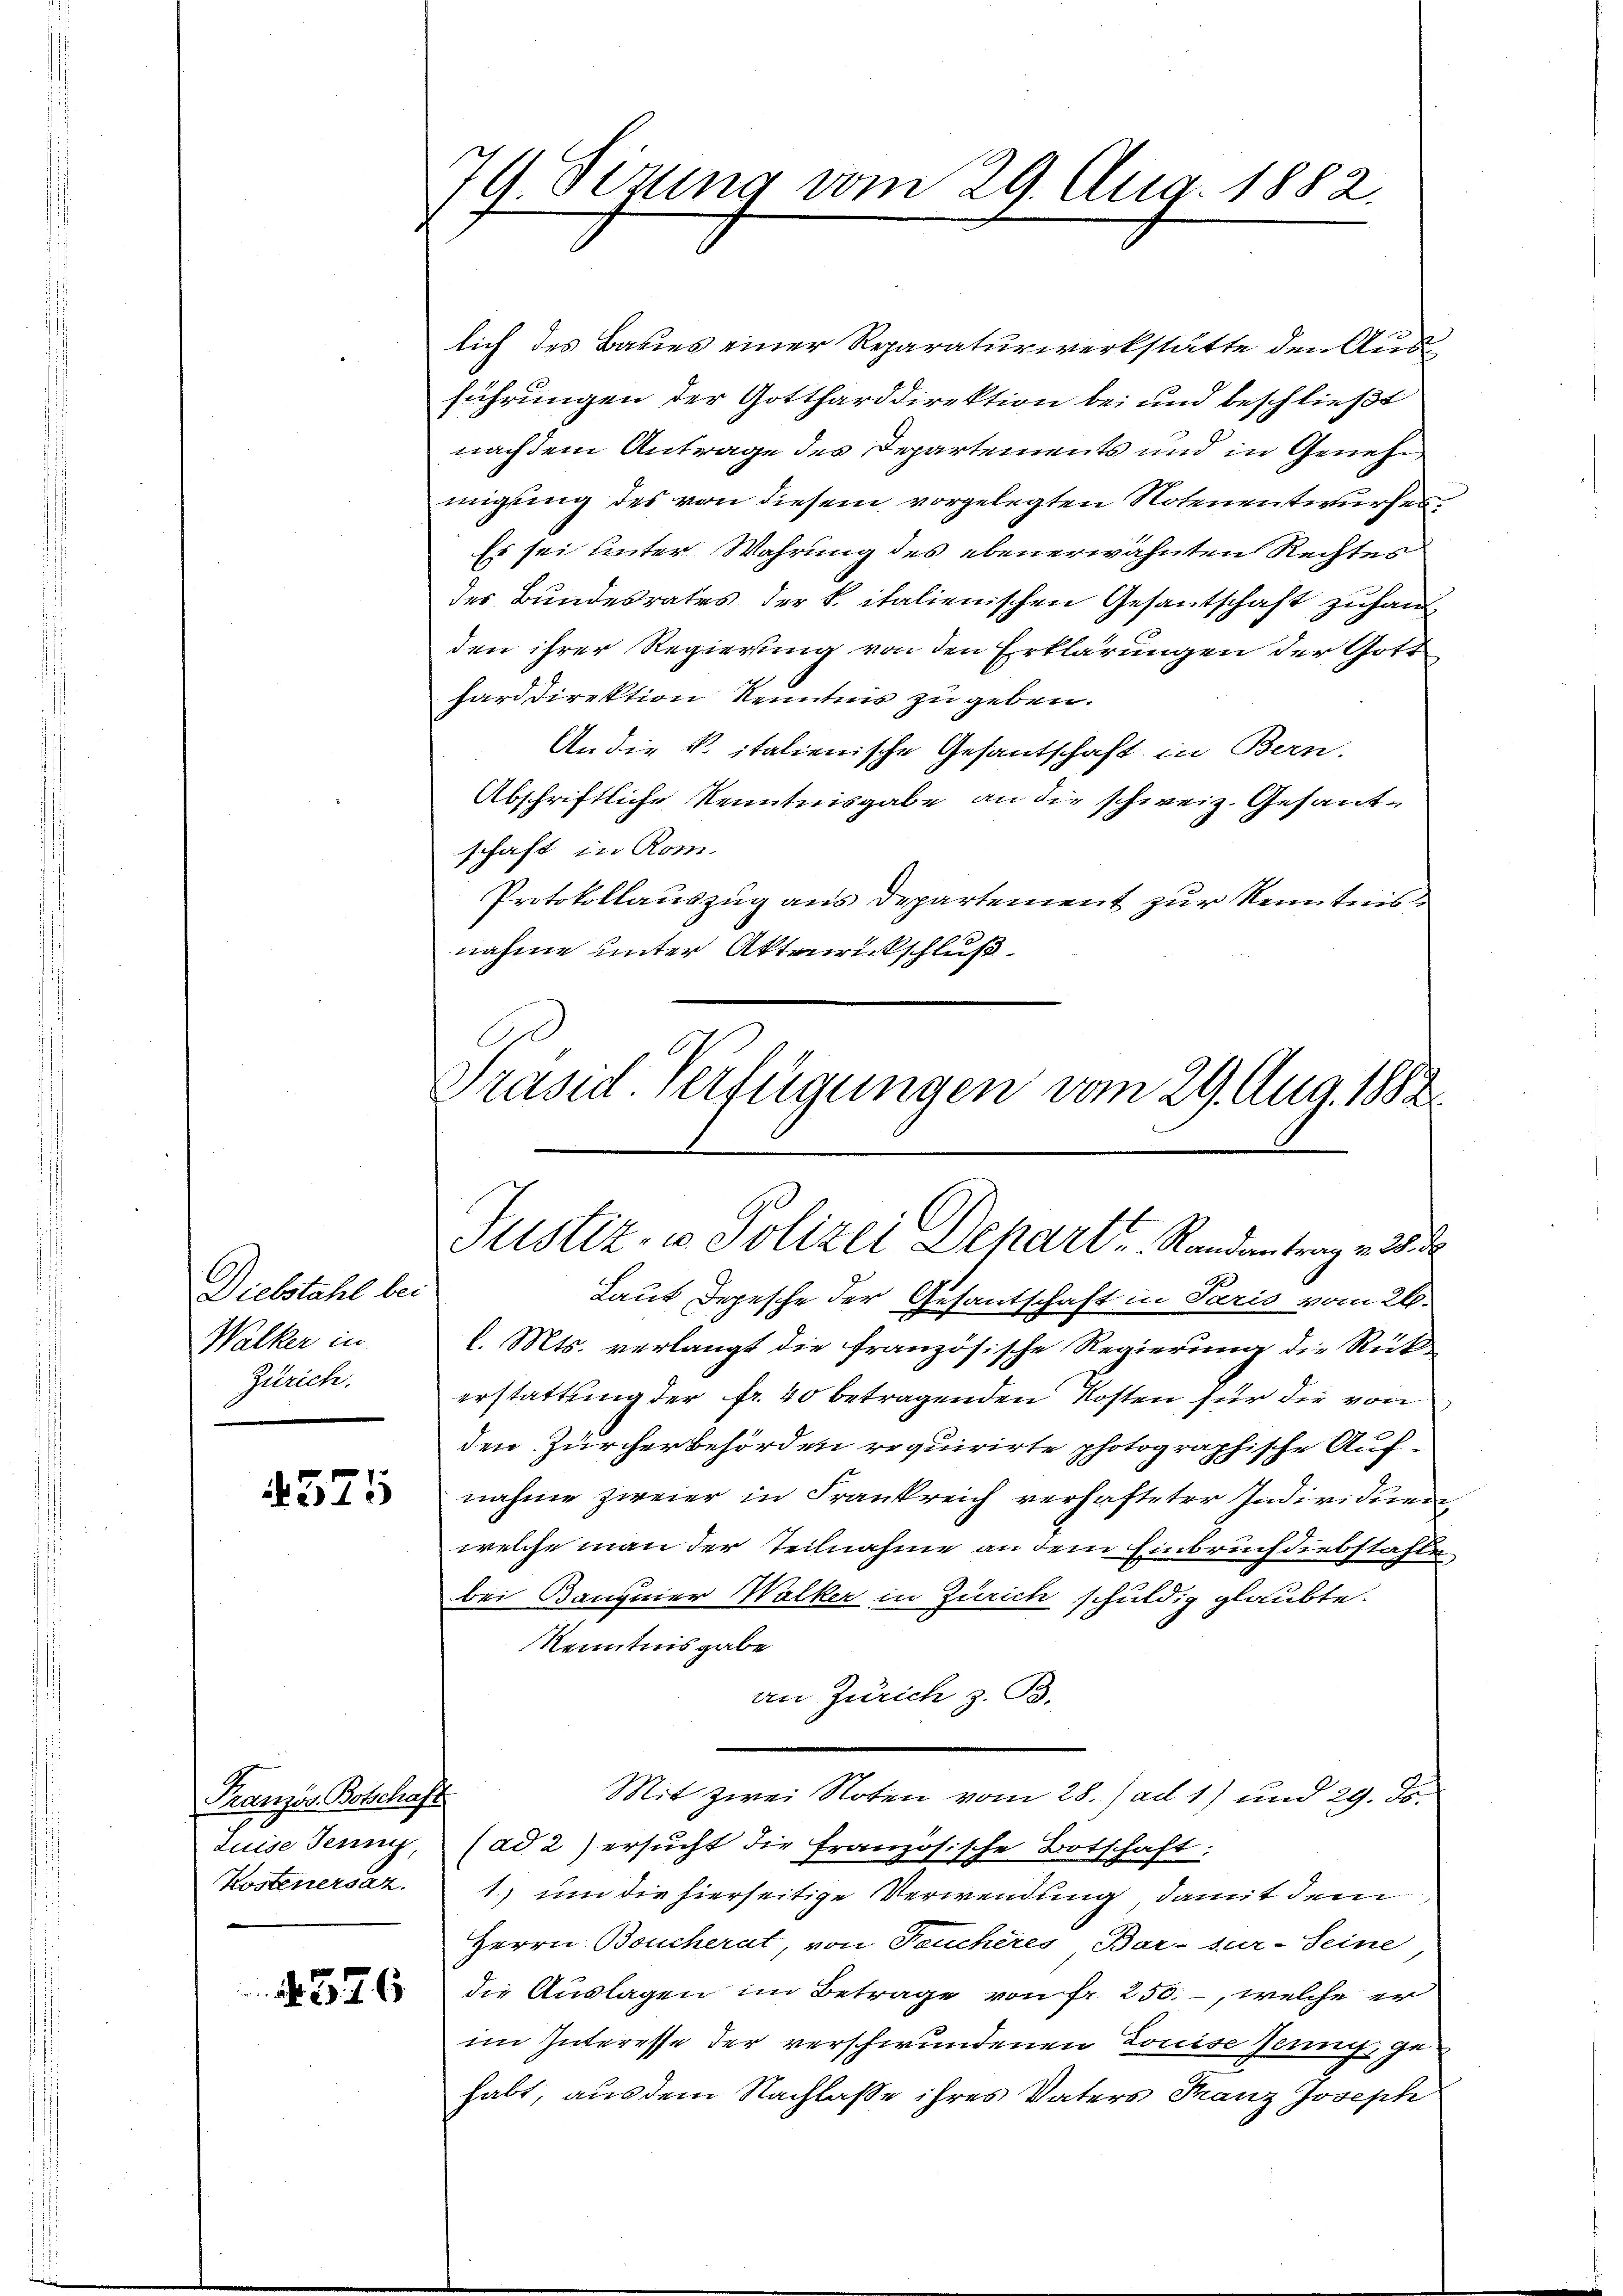
Diebstahl bei
Walker in
Zürich.

4375

Französ. Botschaft
duise Jenny,
Kostenersatz.

326

79. Sizung vom 29. Aug. 1882.

lich des Baues einer Reparaturwerkstätte den Ausführungen der Gottharddirektion bei und beschließt
nachdem Antrage des Departements und in Genehm
migung des von diesem vorgelegten Notenentwurfes
Es sei unter Wahrung des ebenerwähnten Rechtes
des Bundesrates der k. italienischen Gesantschaft zuhan
den ihrer Regierung von den Erklärungen der Gott
harddirektion kenntnis zu geben.
An die K. italienische Gesantschaft in Bern.
Abschriftliche Kenntnisgabe an die schweiz. Gesandschaft in Rom.
Protokollauszug aus Departement zur Kenntnisnahme unter Aktenrückschluß.
C
Präsid. Verfügungen vom 29. Aug. 1882.

Ge
Justiz, u. Polizei Depart   Randantrag v. 28.

Laut Depesche der Gesantschaft in Paris vom 26.
l. Mts. verlangt die französische Regierung die Rück-
erstattung der fr. 40 betragenden Kosten für die von
den Zürcher behörden requirirte photographische Aufnahme zweier in Frankreich verhafteter Individuen
welche man der Teilnahme an dem Einbruch diebstahle
bei Bandner Walker in Zürich schuldig glaubte.
Kenntnisgabe
von Zürich z. B.
Mit zwei Noten vom 28.) ad 1) und 29. ds.
(ad 2) ersucht die Französische Botschaft:
1.) um die hierseitige Verwendung damit dem
Herrn Boucherat, von Feucheres Bar- sur-Seine
die Auslagen im Betrage von Fr. 250. –, welche er
im Interesse der verschwundenen Louise Zeung gehabt, aus dem Nachlasse ihres Vaters Franz Joseph